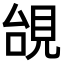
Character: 𧠜